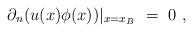
LaTeX: \begin{align*}\partial_n(u(x)\phi(x))|_{x=x_B}\ =\ 0\ ,\end{align*}